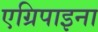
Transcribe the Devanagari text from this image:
एग्रिपाइना